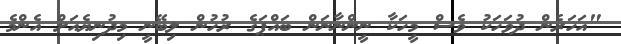
"އަހަރެން ދުވަހަކު ވެސް މީހަކާ ނީންނާނަން ބައްޕަގެ ރުހުން ލިބޭނީ މިދުނިޔެއަށް އެންމެ